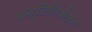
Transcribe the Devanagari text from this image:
शन्तिनिकेतन